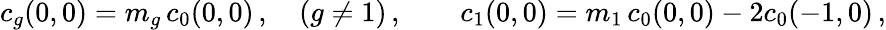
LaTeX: c_{g}(0,0)=m_{g}\, c_{0}(0,0)\, ,\quad(g\neq 1)\, ,\qquad c_{1}(0,0)=m_{1}\, c_{0}(0,0)-2c_{0}(-1,0)\, ,